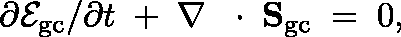
\partial { \cal E } _ { \mathrm { g c } } / \partial t \; + \; \nabla \, \mathrm { ~ \boldmath ~ \cdot ~ } \, { \bf S } _ { \mathrm { g c } } \; = \; 0 ,